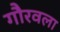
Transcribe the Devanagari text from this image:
गौरवला